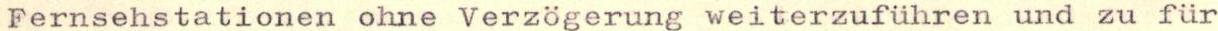
Fernsehstationen ohne Verzögerung weiterzuführen und zu für